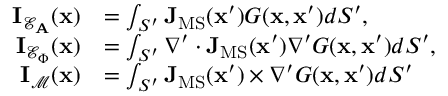
\begin{array} { r l } { \mathbf { I } _ { \mathcal { E } _ { \mathbf { A } } } ( \mathbf { x } ) } & { = \int _ { S ^ { \prime } } \mathbf { J } _ { \mathrm { M S } } ( \mathbf { x } ^ { \prime } ) G ( \mathbf { x } , \mathbf { x } ^ { \prime } ) d S ^ { \prime } , } \\ { \mathbf { I } _ { \mathcal { E } _ { \Phi } } ( \mathbf { x } ) } & { = \int _ { S ^ { \prime } } \nabla ^ { \prime } \cdot \mathbf { J } _ { \mathrm { M S } } ( \mathbf { x } ^ { \prime } ) \nabla ^ { \prime } G ( \mathbf { x } , \mathbf { x } ^ { \prime } ) d S ^ { \prime } , } \\ { \mathbf { I } _ { \mathcal { M } } ( \mathbf { x } ) } & { = \int _ { S ^ { \prime } } \mathbf { J } _ { \mathrm { M S } } ( \mathbf { x } ^ { \prime } ) \times \nabla ^ { \prime } G ( \mathbf { x } , \mathbf { x } ^ { \prime } ) d S ^ { \prime } } \end{array}